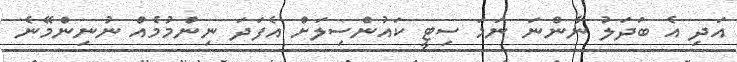
އަދި އެ ބަދަލު ނާންނަ ނަމަ ސިޓީ ކައުންސިލަށް އެފަދަ ނިންމުމެއް ނުނިންމޭނެ